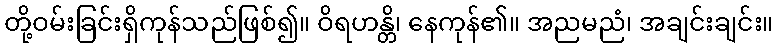
တို့ဝမ်းခြင်းရှိကုန်သည်ဖြစ်၍။ ဝိရဟန္တိ၊ နေကုန်၏။ အညမညံ၊ အချင်းချင်း။